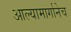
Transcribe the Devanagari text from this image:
आल्यामार्गानेच